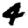
Digit: 4